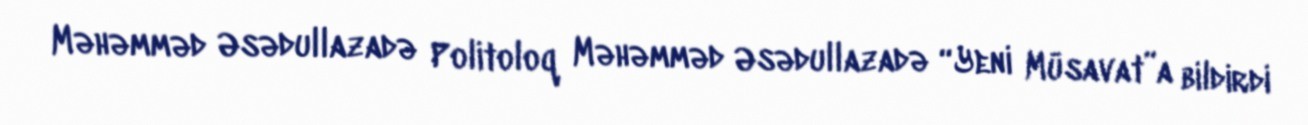
Məhəmməd Əsədullazadə Politoloq Məhəmməd Əsədullazadə “Yeni Müsavat”a bildirdi